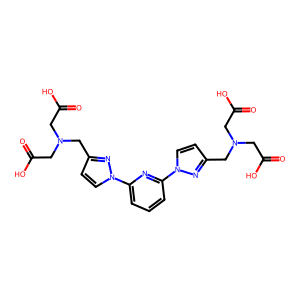
SMILES: O=C(O)CN(CC(=O)O)Cc1ccn(-c2cccc(-n3ccc(CN(CC(=O)O)CC(=O)O)n3)n2)n1
Inhibits HIV replication: No